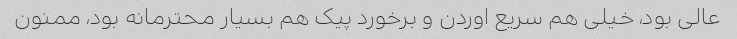
عالی بود، خیلی هم سریع اوردن و برخورد پیک هم بسیار محترمانه بود، ممنون